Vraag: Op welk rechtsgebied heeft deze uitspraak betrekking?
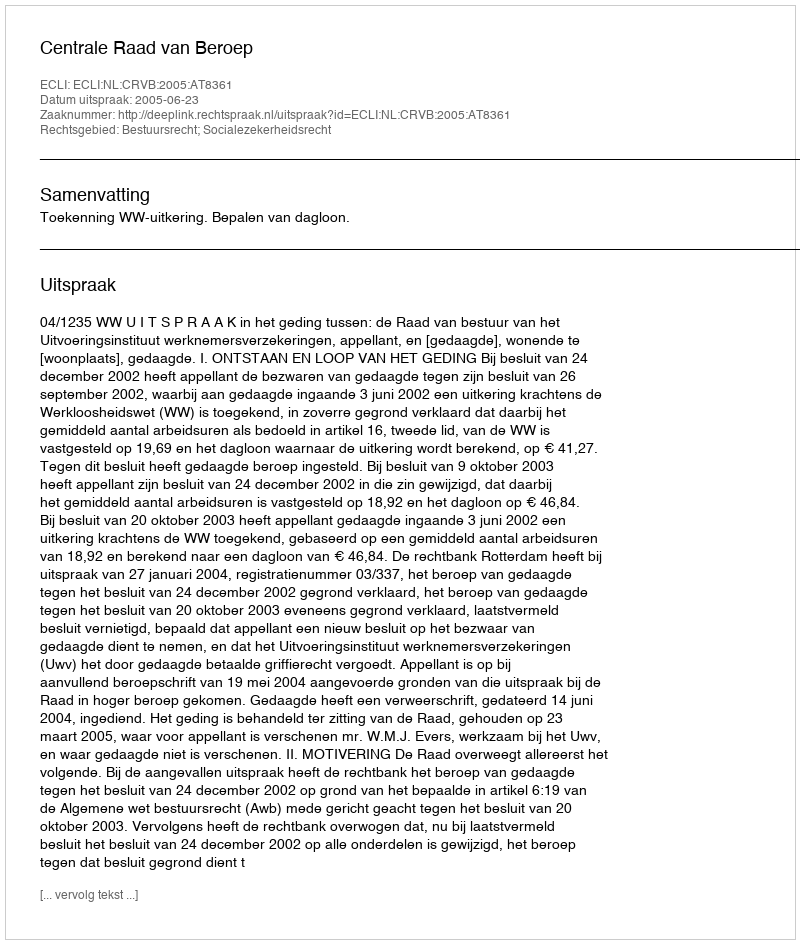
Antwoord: Bestuursrecht; Socialezekerheidsrecht